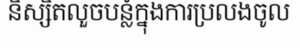
និស្សិតលួចបន្លំក្នុងការប្រលងចូល